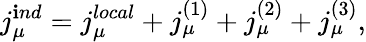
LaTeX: j_{\mu}^{\mathbf{i}nd}=j_{\mu}^{local}+j_{\mu}^{(1)}+j_{\mu}^{(2)}+j_{\mu}^{(3)},